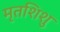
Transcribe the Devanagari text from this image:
मृतशिशु